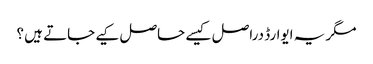
مگر یہ ایوارڈ دراصل کیسے حاصل کیے جاتے ہیں ؟